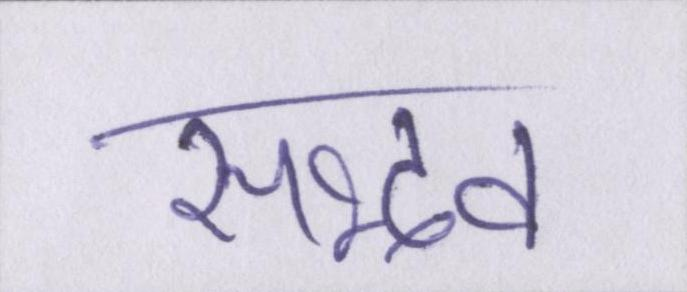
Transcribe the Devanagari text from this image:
सद्भव